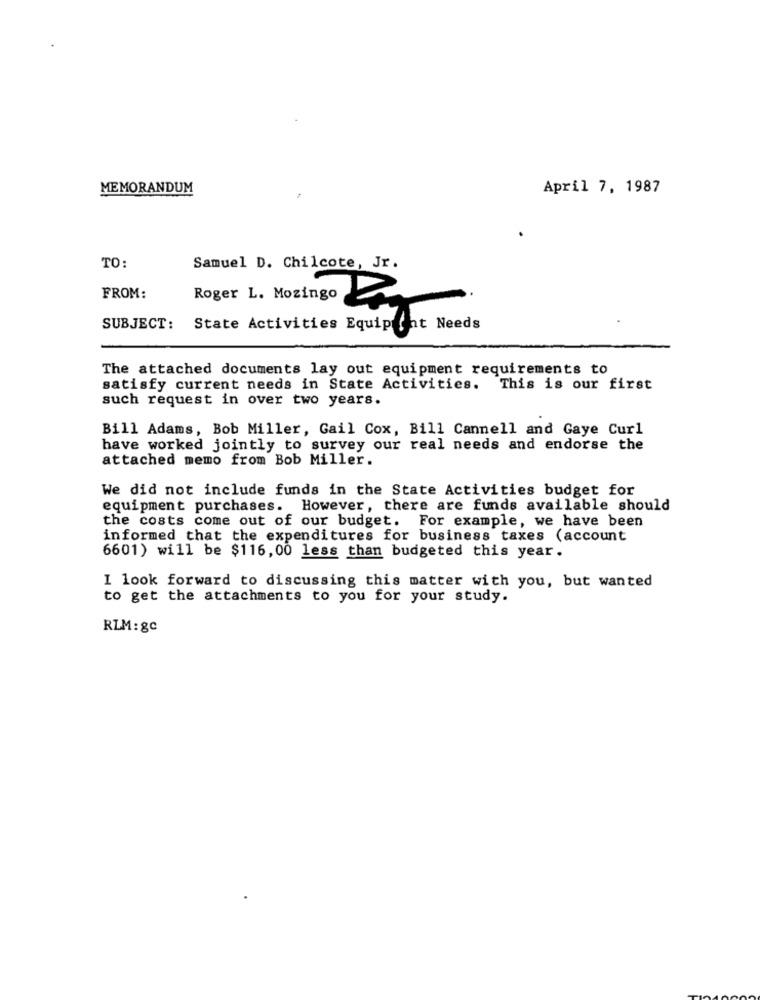
MEMORANDUM
April 7, 1987
TO:
Samuel D. Chilcote, Jr.
FROM:
Roger L. Mozingo
SUBJECT:
State Activities Equipment Needs
The attached documents lay out equipment requirements to
satisfy current needs in State Activities. This is our first
such request in over two years.
Bill Adams, Bob Miller, Gail Cox, Bill Cannell and Gaye Curl
have worked jointly to survey our real needs and endorse the
attached memo from Bob Miller.
We did not include funds in the State Activities budget for
equipment purchases. However, there are funds available should
the costs come out of our budget. For example, we have been
informed that the expenditures for business taxes (account
6601) will be $116, 00 less than budgeted this year.
I look forward to discussing this matter with you, but wanted
to get the attachments to you for your study.
RLM:gc